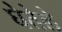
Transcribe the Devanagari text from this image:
घेतेले